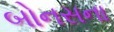
બોનસના